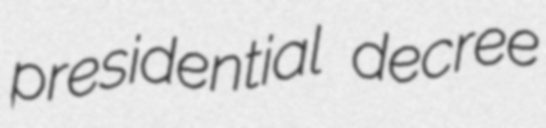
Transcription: presidential decree